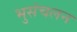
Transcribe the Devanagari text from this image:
भुसंचलन